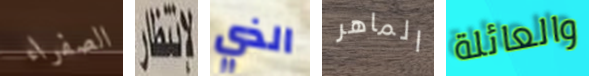
الصفراء لانتظار الذي الماهر والعائلة